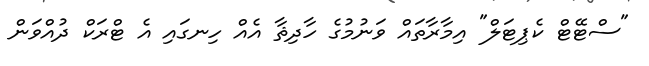
"ސްޓޭޓް ކެޕިޓަލް" އިމާރާތައް ވަނުމުގެ ހާދިޘާ އެއް ހިނގައި އެ ޓްރަކް ދުއްވަން